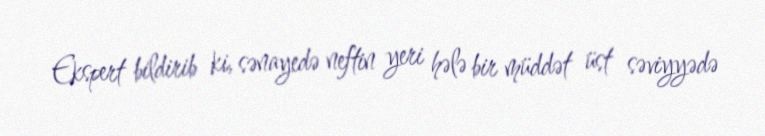
Ekspert bildirib ki, sənayedə neftin yeri hələ bir müddət üst səviyyədə